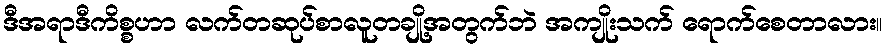
ဒီအရာဒီကိစ္စဟာ လက်တဆုပ်စာလူတချို့အတွက်ဘဲ အကျိုးသက် ရောက်စေတာလား။